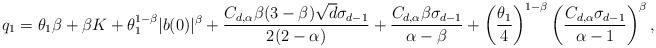
LaTeX: \begin{gather*} q_{1} = \theta_{1}\beta+\beta K + \theta_{1}^{1-\beta}|b(0)|^{\beta} + \frac{C_{d,\alpha}\beta(3-\beta)\sqrt{d}\sigma_{d-1}}{2(2-\alpha)} + \frac{C_{d,\alpha}\beta\sigma_{d-1}}{\alpha-\beta} + \left(\frac{\theta_{1}}{4}\right)^{1-\beta}\left(\frac{C_{d,\alpha}\sigma_{d-1}}{\alpha-1}\right)^{\beta},\end{gather*}